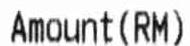
AMOUNT (RM)